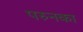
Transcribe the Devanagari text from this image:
परुनका